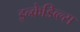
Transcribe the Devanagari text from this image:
इन्क्रेडिब्ल्स